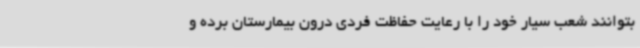
بتوانند شعب سیار خود را با رعایت حفاظت فردی درون بیمارستان برده و